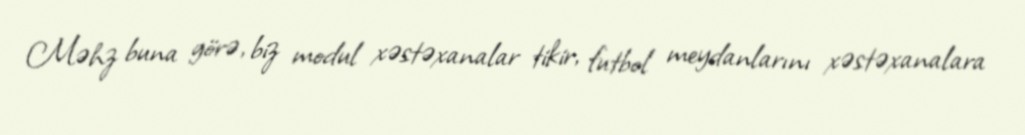
Məhz buna görə, biz modul xəstəxanalar tikir, futbol meydanlarını xəstəxanalara